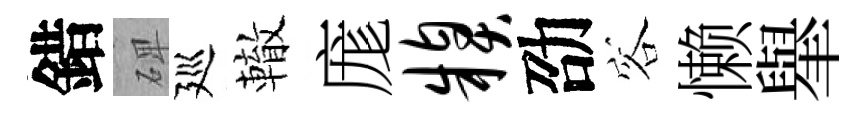
錯𥓓廵轍庬糗劭容懒𦦙